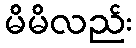
မိမိလည်း